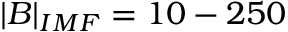
| B | _ { I M F } = 1 0 - 2 5 0